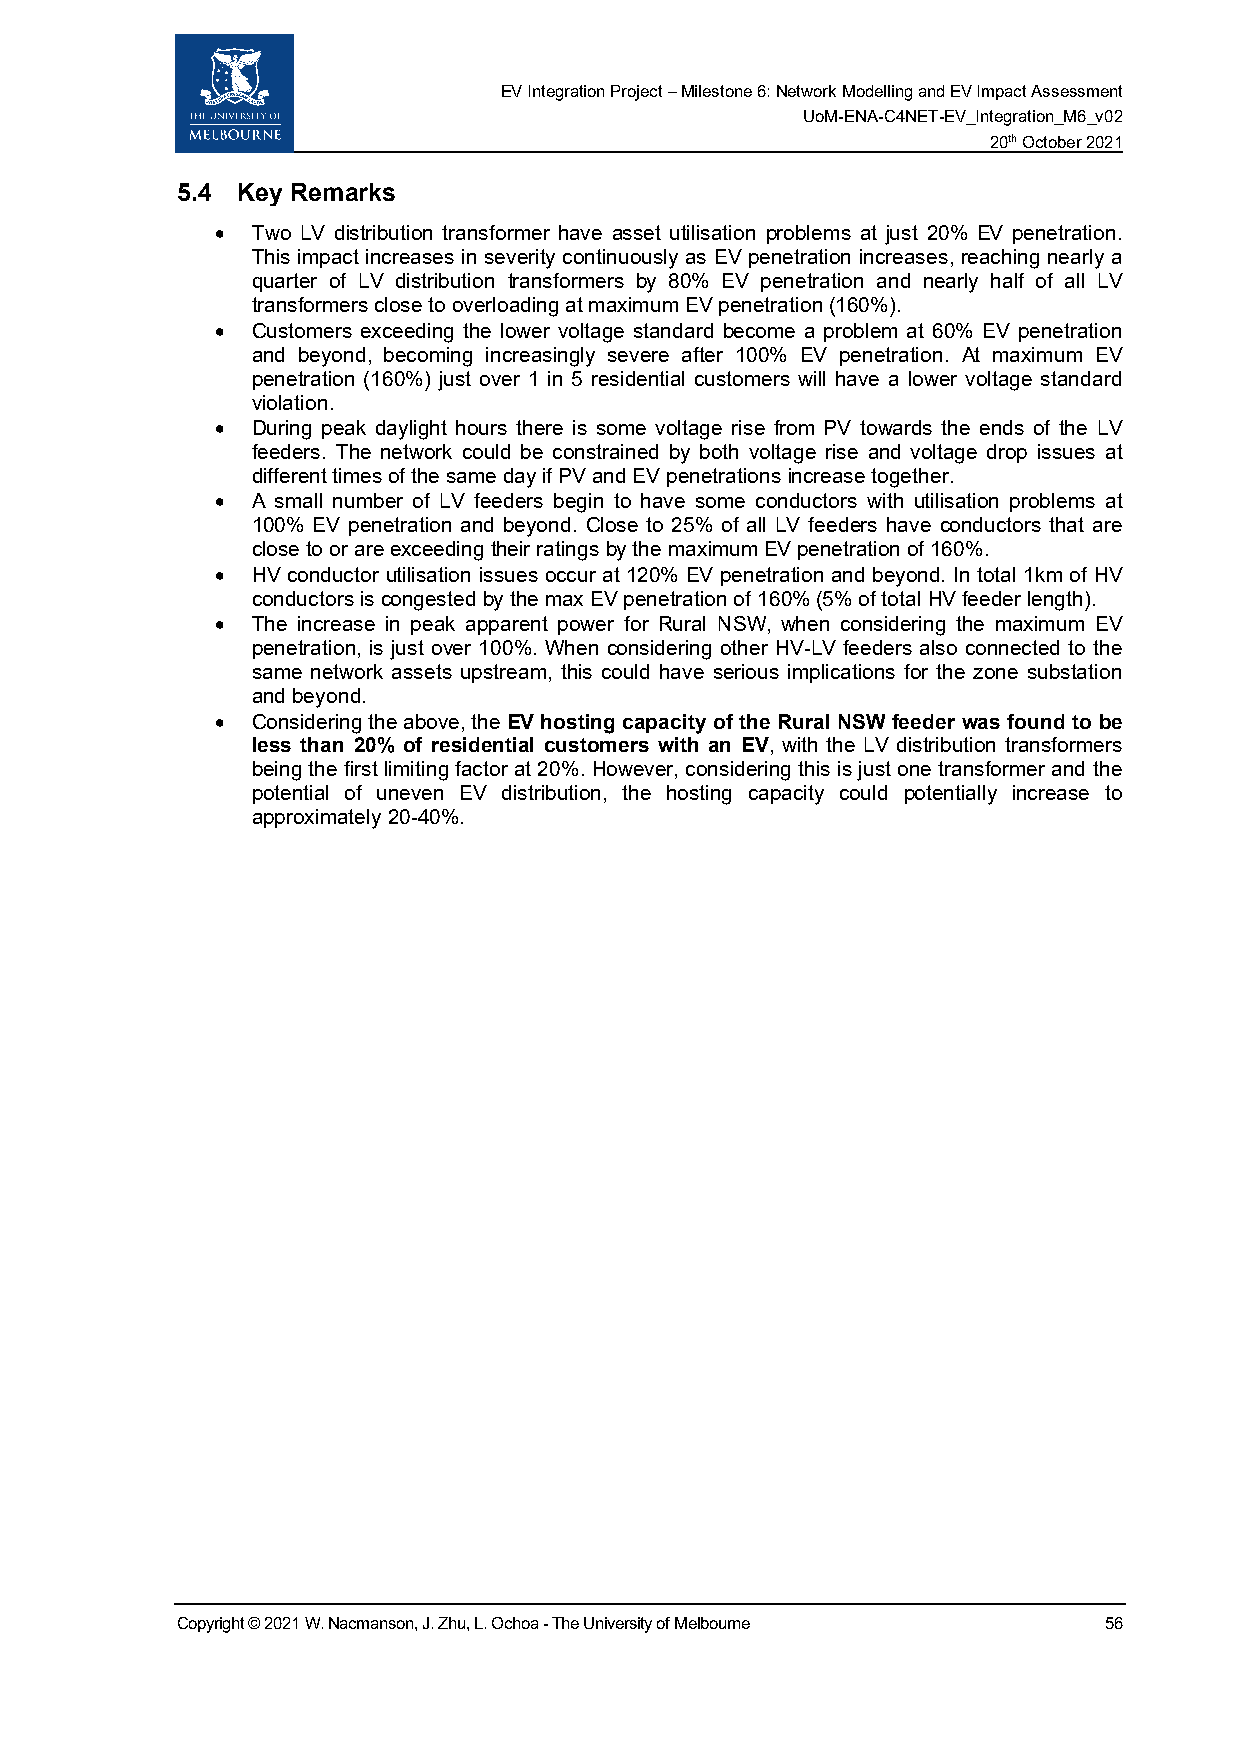
EV Integration Project – Milestone 6: Network Modelling and EV Impact Assessment
 UoM-ENA-C4NET-EV_Integration_M6_v02
 20th October 2021
 5.4 Key Remarks
 •  Two LV distribution transformer have asset utilisation problems at just 20% EV penetration.
 This impact increases in severity continuously as EV penetration increases, reaching nearly a
 quarter of LV distribution transformers by 80% EV penetration and nearly half of all LV
 transformers close to overloading at maximum EV penetration (160%).
 •  Customers exceeding the lower voltage standard become a problem at 60% EV penetration
 and beyond, becoming increasingly severe after 100% EV penetration. At maximum EV
 penetration (160%) just over 1 in 5 residential customers will have a lower voltage standard
 violation.
 •  During peak daylight hours there is some voltage rise from PV towards the ends of the LV
 feeders. The network could be constrained by both voltage rise and voltage drop issues at
 different times of the same day if PV and EV penetrations increase together.
 •  A small number of LV feeders begin to have some conductors with utilisation problems at
 100% EV penetration and beyond. Close to 25% of all LV feeders have conductors that are
 close to or are exceeding their ratings by the maximum EV penetration of 160%.
 •  HV conductor utilisation issues occur at 120% EV penetration and beyond. In total 1km of HV
 conductors is congested by the max EV penetration of 160% (5% of total HV feeder length).
 •  The increase in peak apparent power for Rural NSW, when considering the maximum EV
 penetration, is just over 100%. When considering other HV-LV feeders also connected to the
 same network assets upstream, this could have serious implications for the zone substation
 and beyond.
 •  Considering the above, the EV hosting capacity of the Rural NSW feeder was found to be
 less than 20% of residential customers with an EV, with the LV distribution transformers
 being the first limiting factor at 20%. However, considering this is just one transformer and the
 potential of uneven EV distribution, the hosting capacity could potentially increase to
 approximately 20-40%.
 Copyright © 2021 W. Nacmanson, J. Zhu, L. Ochoa - The University of Melbourne 56